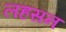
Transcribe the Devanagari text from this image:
लहसन